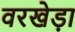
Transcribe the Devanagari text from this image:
वरखेड़ा